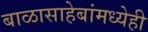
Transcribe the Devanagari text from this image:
बाळासाहेबांमध्येही